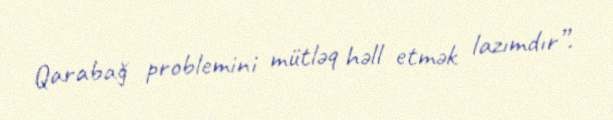
Qarabağ problemini mütləq həll etmək lazımdır”.